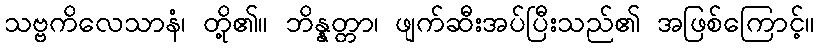
သဗ္ဗကိလေသာနံ၊ တို့၏။ ဘိန္နတ္တာ၊ ဖျက်ဆီးအပ်ပြီးသည်၏ အဖြစ်ကြောင့်။